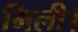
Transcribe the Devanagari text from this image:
मिली।